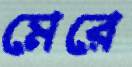
মেরে